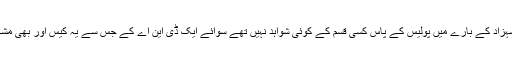
سہیل شہزاد کے بارے میں پولیس کے پاس کسی قسم کے کوئی شواہد نہیں تھے سوائے ایک ڈی این اے کے جس سے یہ کیس اور بھی مشکل تھا۔